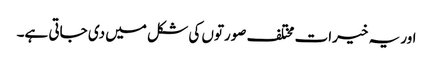
اور یہ خیرات مختلف صورتوں کی شکل میں دی جاتی ہے۔